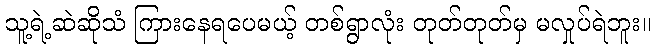
သူ့ရဲ့ဆဲဆိုသံ ကြားနေရပေမယ့် တစ်ရွာလုံး တုတ်တုတ်မှ မလှုပ်ရဲဘူး။